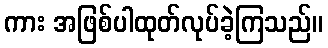
ကား အဖြစ်ပါထုတ်လုပ်ခဲ့ကြသည်။